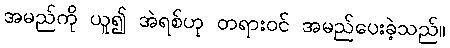
အမည်ကို ယူ၍ အဲရစ်ဟု တရားဝင် အမည်ပေးခဲ့သည်။